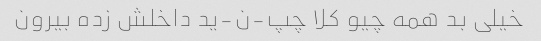
خیلی بد همه چیو کلا چپ-ن-ید داخلش زده بیرون